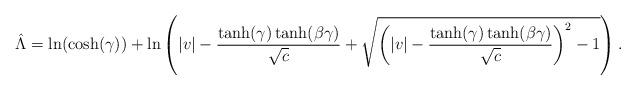
LaTeX: \begin{align*}\hat{\Lambda}=\ln(\cosh(\gamma))+ \ln\left(|v|-\frac{\tanh(\gamma)\tanh(\beta\gamma)}{\sqrt{c}}+\sqrt{ \left( |v|-\frac{\tanh(\gamma)\tanh(\beta\gamma)}{\sqrt{c}}\right)^2-1}\right).\end{align*}